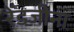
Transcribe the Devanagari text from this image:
रेंडजीना